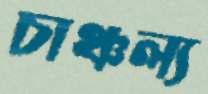
চাঞ্চল্য